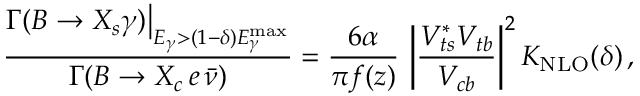
\frac { \Gamma ( B \to X _ { s } \gamma ) \big | _ { E _ { \gamma } > ( 1 - \delta ) E _ { \gamma } ^ { \mathrm { m a x } } } } { \Gamma ( B \to X _ { c } \, e \, \bar { \nu } ) } = \frac { 6 \alpha } { \pi f ( z ) } \, \left| \frac { V _ { t s } ^ { * } V _ { t b } } { V _ { c b } } \right| ^ { 2 } K _ { \mathrm { N L O } } ( \delta ) \, ,